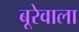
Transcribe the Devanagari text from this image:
बूरेवाला